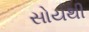
સોયથી